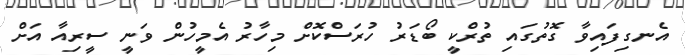
އެނގިފައިވާ ގޮތުގައި ތުރްކީ ބޯޑަރު ހުރަސްކޮށް މިހާރު އެމީހުން ވަނީ ސީރިއާ އަށް